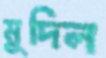
মুদিল